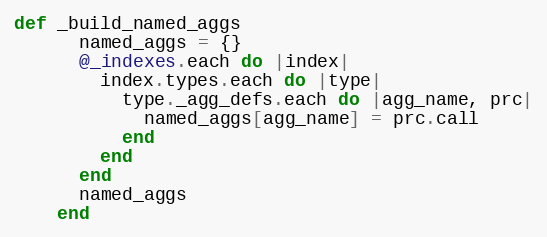
Language: Ruby
def _build_named_aggs
      named_aggs = {}
      @_indexes.each do |index|
        index.types.each do |type|
          type._agg_defs.each do |agg_name, prc|
            named_aggs[agg_name] = prc.call
          end
        end
      end
      named_aggs
    end